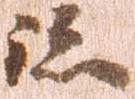
跡